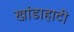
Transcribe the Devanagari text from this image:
खांडाहाटी